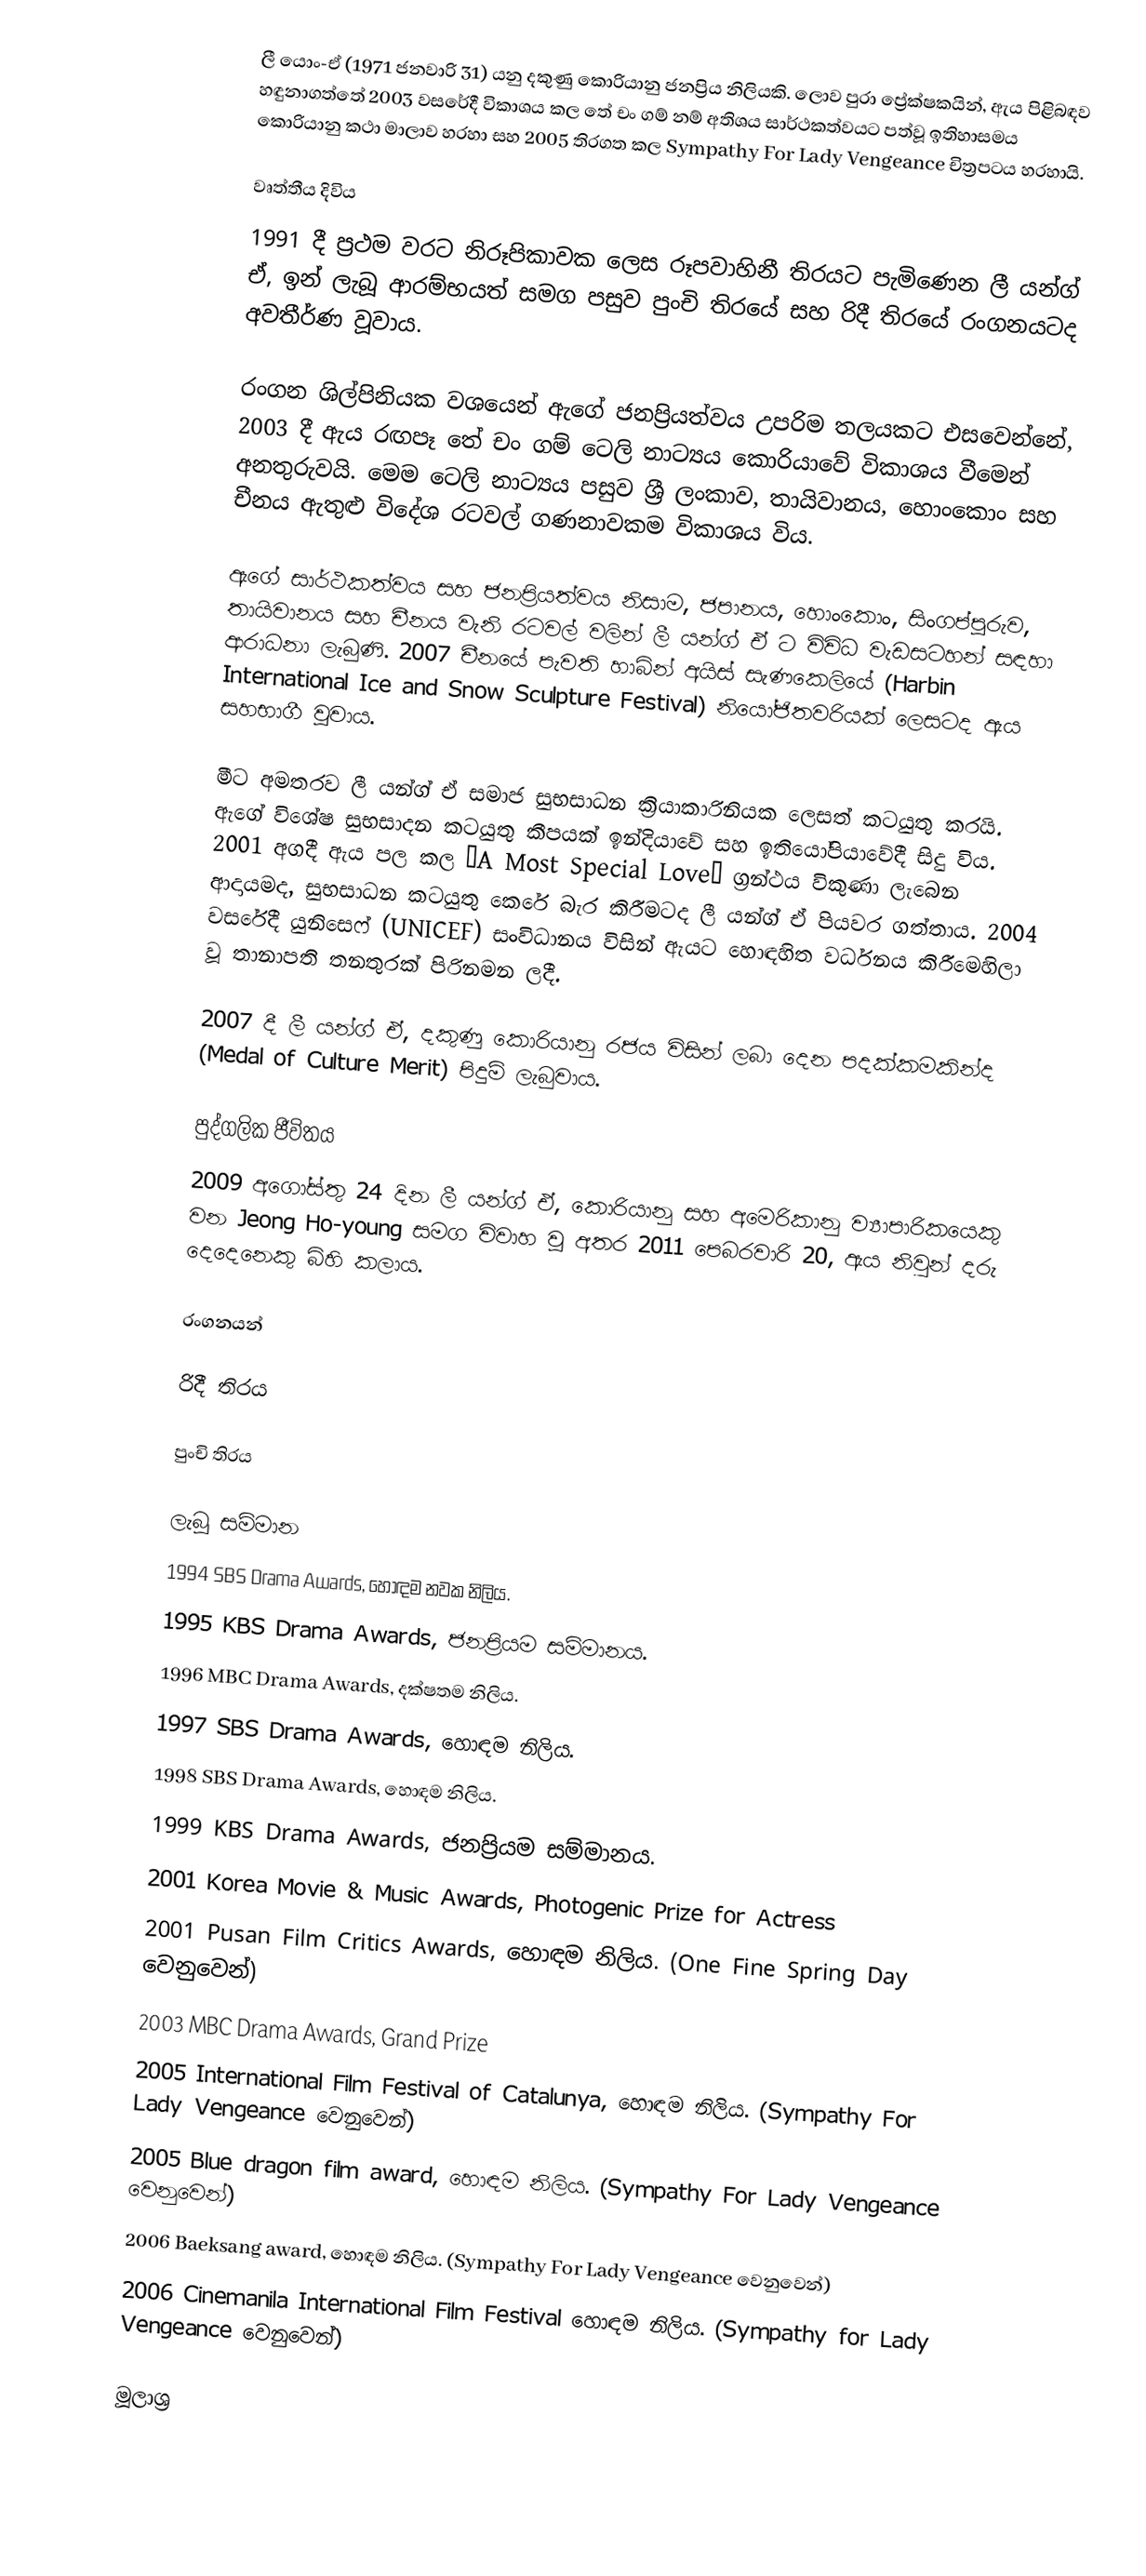
ලී යොං-ඒ (1971 ජනවාරි 31) යනු දකුණු කොරියානු ජනප්‍රිය නිලියකි. ලොව පුරා ප්‍රේක්ෂකයින්, ඇය පිළිබඳව හඳුනාගත්තේ 2003 වසරේදී විකාශය කල තේ චං ගම් නම් අතිශය සාර්ථකත්වයට පත්වූ ඉතිහාසමය කොරියානු කථා මාලාව හරහා සහ 2005 තිරගත කල Sympathy For Lady Vengeance චිත්‍රපටය හරහායි.

වෘත්තීය දිවිය
1991 දී ප්‍රථම වරට නිරූපිකාවක ලෙස රූපවාහිනී තිරයට පැමිණෙන ලී යන්ග් ඒ, ඉන් ලැබූ ආරම්භයත් සමග පසුව පුංචි තිරයේ සහ රිදී තිරයේ රංගනයටද අවතීර්ණ වූවාය.

රංගන ශිල්පිනියක වශයෙන් ඇගේ ජනප්‍රියත්වය උපරිම තලයකට එසවෙන්නේ, 2003 දී ඇය රඟපෑ තේ චං ගම් ටෙලි නාට්‍යය කොරියාවේ විකාශය වීමෙන් අනතුරුවයි. මෙම ටෙලි නාට්‍යය පසුව ශ්‍රී ලංකාව, තායිවානය, හොංකොං සහ චීනය ඇතුළු විදේශ රටවල් ගණනාවකම විකාශය විය.

ඇගේ සාර්ථකත්වය සහ ජනප්‍රියත්වය නිසාම, ජපානය, හොංකොං, සිංගප්පූරුව, තායිවානය සහ චීනය වැනි රටවල් වලින් ලී යන්ග් ඒ ට විවිධ වැඩසටහන් සඳහා ආරාධනා ලැබුණි. 2007 චීනයේ පැවති  හාබින් අයිස් සැණකෙලියේ (Harbin International Ice and Snow Sculpture Festival) නියෝජිතවරියක් ලෙසටද ඇය සහභාගී වූවාය.

මීට අමතරව ලී යන්ග් ඒ සමාජ සුභසාධන ක්‍රියාකාරිනියක ලෙසත් කටයුතු කරයි. ඇගේ විශේෂ සුභසාදන කටයුතු කීපයක් ඉන්දියාවේ සහ ඉතියෝපියාවේදී සිදු විය. 2001 අගදී ඇය පල කල “A Most Special Love” ග්‍රන්ථය විකුණා ලැබෙන ආදායමද, සුභසාධන කටයුතු කෙරේ බැර කිරීමටද ලී යන්ග් ඒ පියවර ගත්තාය. 2004 වසරේදී යුනිසෙෆ් (UNICEF) සංවිධානය විසින් ඇයට හොඳහිත වර්ධනය කිරීමෙහිලා වූ තානාපති තනතුරක් පිරිනමන ලදී.

2007 දී ලී යන්ග් ඒ, දකුණු කොරියානු රජය විසින් ලබා දෙන පදක්කමකින්ද (Medal of Culture Merit) පිදුම් ලැබුවාය.

පුද්ගලික ජීවිතය
2009 අගෝස්තු 24 දින ලී යන්ග් ඒ, කොරියානු සහ අමෙරිකානු ව්‍යාපාරිකයෙකු වන Jeong Ho-young සමග විවාහ වූ අතර 2011 පෙබරවාරි 20, ඇය නිවුන් දරු දෙදෙනෙකු බිහි කලාය.

රංගනයන්

රිදී තිරය

පුංචි තිරය

ලැබූ සම්මාන
1994 SBS Drama Awards, හොඳම නවක නිලිය.
1995 KBS Drama Awards, ජනප්‍රියම සම්මානය.
1996 MBC Drama Awards, දක්ෂතම නිලිය.
1997 SBS Drama Awards, හොඳම නිලිය.
1998 SBS Drama Awards, හොඳම නිලිය.
1999 KBS Drama Awards, ජනප්‍රියම සම්මානය.
2001 Korea Movie & Music Awards, Photogenic Prize for Actress
2001 Pusan Film Critics Awards, හොඳම නිලිය. (One Fine Spring Day වෙනුවෙන්)
2003 MBC Drama Awards, Grand Prize
2005 International Film Festival of Catalunya, හොඳම නිලිය. (Sympathy For Lady Vengeance වෙනුවෙන්)
2005 Blue dragon film award, හොඳම නිලිය. (Sympathy For Lady Vengeance වෙනුවෙන්)
2006 Baeksang award, හොඳම නිලිය. (Sympathy For Lady Vengeance වෙනුවෙන්)
2006 Cinemanila International Film Festival හොඳම නිලිය. (Sympathy for Lady Vengeance වෙනුවෙන්)

මූලාශ්‍ර